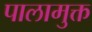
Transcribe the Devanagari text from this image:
पालामुक्त